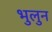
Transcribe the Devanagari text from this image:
भुलुन